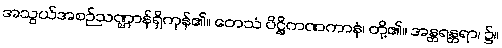
အသွယ်အစဉ်သဏ္ဌာန်ရှိကုန်၏။ တေသံ ပိဋ္ဌိကဏကာနံ၊ တို့၏။ အန္တရန္တရာ၊ ၌။